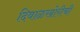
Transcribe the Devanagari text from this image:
दिवाळखोरीची